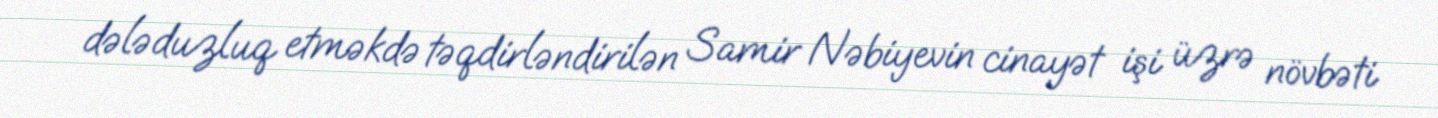
dələduzluq etməkdə təqdirləndirilən Samir Nəbiyevin cinayət işi üzrə növbəti